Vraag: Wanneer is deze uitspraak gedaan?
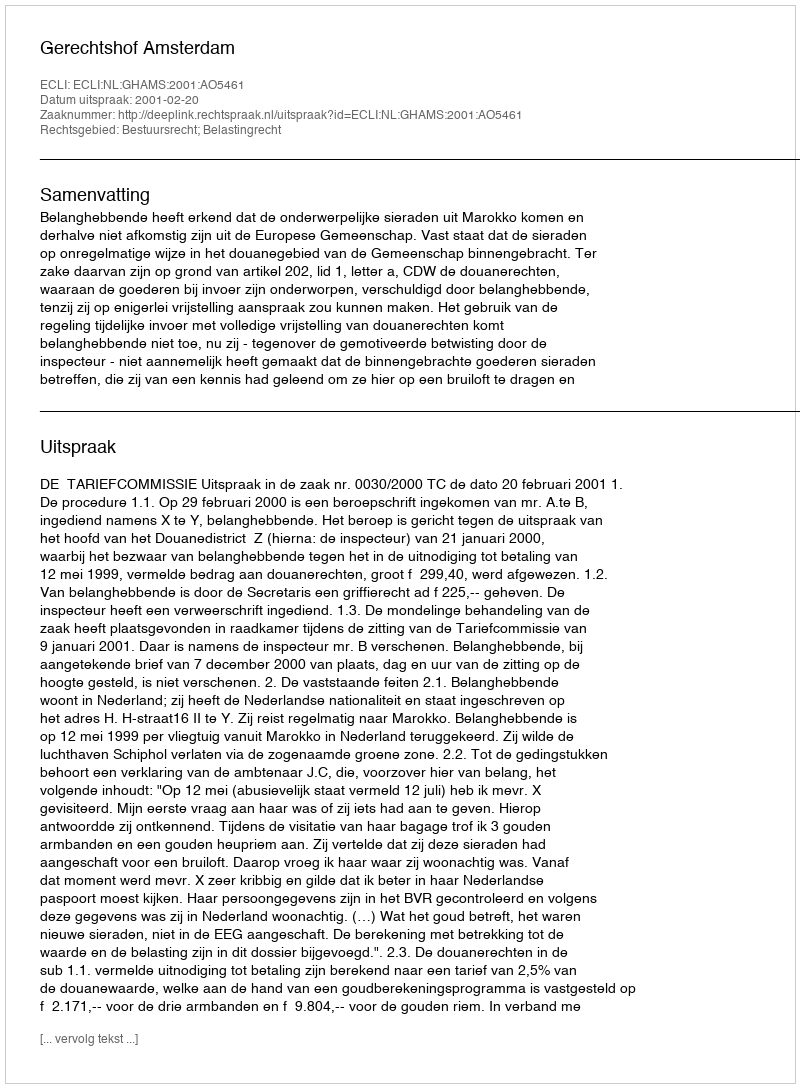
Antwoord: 2001-02-20